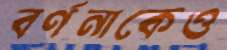
বর্ণনাকেও